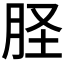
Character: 𦙾